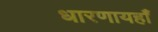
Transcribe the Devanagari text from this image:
धारणायहाँ